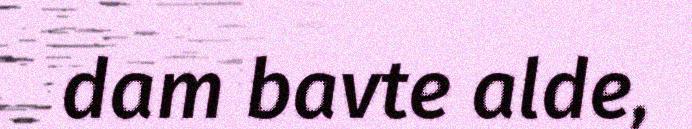
dam bavte alde,